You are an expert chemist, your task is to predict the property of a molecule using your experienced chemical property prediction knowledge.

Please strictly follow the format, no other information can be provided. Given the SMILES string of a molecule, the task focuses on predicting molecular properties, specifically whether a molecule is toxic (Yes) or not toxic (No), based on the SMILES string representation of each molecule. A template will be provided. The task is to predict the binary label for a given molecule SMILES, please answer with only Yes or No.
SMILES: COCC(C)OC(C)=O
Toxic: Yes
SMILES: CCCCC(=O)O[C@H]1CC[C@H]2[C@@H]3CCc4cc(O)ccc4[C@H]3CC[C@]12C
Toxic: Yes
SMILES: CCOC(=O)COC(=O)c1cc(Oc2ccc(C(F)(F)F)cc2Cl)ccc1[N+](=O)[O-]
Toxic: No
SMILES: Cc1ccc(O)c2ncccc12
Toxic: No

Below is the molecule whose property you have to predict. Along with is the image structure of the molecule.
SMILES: CC(=O)c1ccc(C)cc1
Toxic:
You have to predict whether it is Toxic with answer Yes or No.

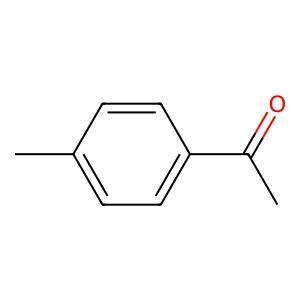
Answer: No